Vaccination in Bombay 1869-1873 - 1869-1873
Year: 1869
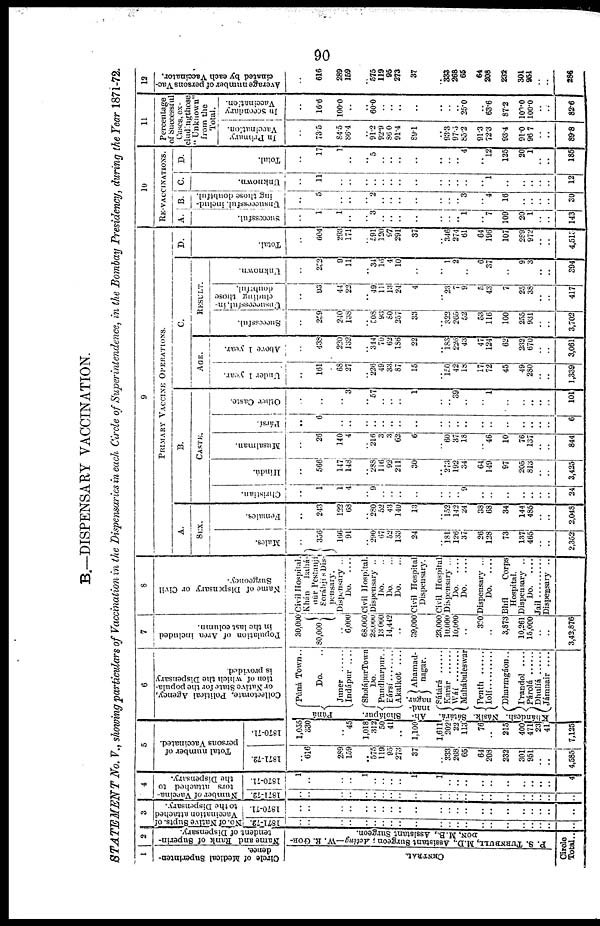
90
B.—DISPENSARY VACCINATION.
STATEMENT
No. V., showing particulars of Vaccination in the Dispensaries in each Circle of Superintendence, in the Bombay Presidency, during the Year 1871-72.
1
Circle of Medical Superinten-
dence.
CENTRAL.
2
Name and Rank of Superin-
tendent of Dispensary.
P. S. TURNBULL, M.D., Assistant Surgeon; Acting—W. R. GOR-
---, M.B., Assistant Surgeon.
Circle
Total ..
3
No. of Native Supts. of
Vaccination attached
to the Dispensary.
1871-72.
..
..
..
..
..
..
..
..
..
..
..
..
..
..
..
..
..
..
..
..
..
..
1870-71.
..
..
..
..
..
..
..
..
..
..
..
..
..
..
..
..
..
..
..
..
..
..
4
Number of Vaccina¬
tors attached to
the Dispensary.
1871-72.
..
..
..
..
..
..
..
..
..
..
..
..
..
..
..
..
..
..
..
..
..
..
1870-71.
1
..
..
..
1
..
..
..
..
1
1
..
..
..
..
..
..
..
..
..
..
4
5
Total number of
persons Vaccinated.
1871-72.
..
616
289
159
..
575
119
95
273
37
..
333
268
65
64
208
232
301
951
..
..
4,585
1870-71.
1,055
330
.. 45
1,018
312
50
41
..
1,100
1,611
202
22
113
76
..
215
400
471
23
41
7,125
6
Collectorate, Political Agency,
or Native State for the popula-
tion of which the Dispensary
is provided.
Púná
Sholápur.
Ah¬
mad¬
nagar.
Sátará.
Násik.
Khándesh.
Pùná Town..
Do. ..
Junner ......
Indápur ....
SholápurTown
Do.
Pandharpur..
Eársí ........
Akalkot
....
Ahamad¬
nagar.
Sátárá ......
Karár ......
Wáí ........
Mahábaleswar
Penth ......
Iolí ............
Dharmgáon..
I'randol
....
Párolá ......
Dhulía......
Jámnair
....
7
Population of Area included
in the last column.
30,000
80,000
.. 6,000
68,000
28,000
13,000
14,442
..
39,000
23,000
10,000
10,000
..
300
..
3,873
10,261
15,000
..
..
3,42,876
8
Name of Dispensary or Civil
Surgeoncy.
Civil Hospital.
Khán
Bahá¬
oúr Pestanjí
Sorábjis Dis-
pensary.
Dispensary ...
Do.
....
Civil Hospital.
Dispensary ..
Do. ..
Do. ...
Do. ...
Civil Hospital
Dispensary.
Civil Hospital
Dispensary ...
Do.
....
Do.
....
Dispensary ...
Do.
....
Bhíl
Corps
Hospital.
Dispensary ..
Do.
....
Jail.......... Dispensary ..
9
PRIMARY VACCINE OPERATIONS.
A.
SEX.
Males.
..
356
166
91
..
290
67
52
133
24
..
181 126
37
26
128
73
137
465
..
..
2,352
Females.
..
243
122
68
..
280
52
43
140
13
..
152
142
24
38
68
34
144
485
..
..
2,048
B.
CASTE.
Christian.
..
1
1
4
..
9
..
..
..
..
..
..
.. 9
..
..
..
..
..
..
..
24
Hindú.
..
566
147
148
..
288
116
92
211
30
..
273
192
34
64
149
97
205
813
..
..
3,425
Musalman.
..
26
140
4
..
216
3
3
62
6
..
60
37
18
..
46
10
76
137
..
..
844
Pársí.
..
6
..
..
..
..
.. ..
..
..
..
..
..
..
..
..
..
..
..
..
..
6
Other Caste.
..
..
.. 3
..
57
..
..
..
1
..
.. 39
..
..
1
..
..
..
..
..
101
C.
AGE.
Under 1 year.
..
161
68
27
..
226
49
33
87
15
..
150
42
18
17
72
45
49
280
..
..
1,339
Above 1 year.
..
438
220
132
..
314
70
62
186
22
..
183
226
43
47
124
62
232
670
..
..
3,061
RESULT.
Successful.
..
259
240
138
..
508
93
80
257
33
..
322
265
52
53
116
100
255
931
..
..
3,702
Unsuccessful, in-
cluding those
doubtful.
..
93
44
22
..
49
11
13
24
4
..
23
7 9
5
43
7
25
38
..
..
417
Unknown.
..
..
9
11
..
34
16
4
10
..
..
1
2
..
6
37
..
9
3
..
..
394
D.
Total.
..
604
293
171
..
591
120
97
291
37
..
346 274
61
64
196
107
289
972
..
..
4,513
10
RE-VACCINATIONS.
A.
Successful.
..
1
1
..
..
3
..
..
..
..
..
..
.. 1
..
7
109
20
1
..
..
143
B.
Unsuccessful, includ-
ing those doubtful.
..
5
..
..
..
2
..
..
..
..
..
..
.. 3
..
4
16
..
..
..
..
30
C.
Unknown.
..
11
..
..
..
..
..
..
..
..
..
..
..
..
..
1
..
..
..
..
..
12
D.
Total.
..
17
1
..
..
5
..
..
..
..
..
..
.. 4
..
12
125
20
1
..
..
185
11
Percentage
of Successful
Cases, ex-
cluding those
"Unknown"
from the
Total.
In Primary
Vaccination.
..
73.5
84.5
86.4
..
91.2
92.9
86.0
91.4
89.1
..
93.3
97.5
85.2
91.3
72.3
93.4
91.0
96.7
..
..
89.8
In Secondary
Vaccination.
..
16.6
100.0
..
..
60.0
..
..
..
..
..
..
.. 25.0
..
63.6
87.2
100.0
100.0
..
..
82.6
12
Average number of persons Vac-
cinated by each Vaccinator.
..
616
289
159
..
575
119
95
273
37
..
333
268
65
64
208
232
301
951
..
..
286